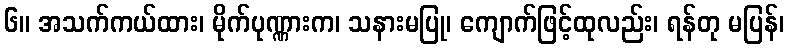
၆။ အသက်ကယ်ထား၊ မိုက်ပုဏ္ဏားက၊ သနားမပြု၊ ကျောက်ဖြင့်ထုလည်း၊ ရန်တု မပြန်၊